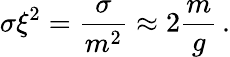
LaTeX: \sigma\xi^{2}=\frac{\sigma}{m^{2}}\approx 2\frac{m}{g}\, .